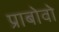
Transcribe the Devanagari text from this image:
प्राबोवो